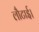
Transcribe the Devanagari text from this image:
लौटाई।